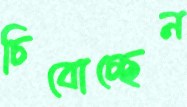
চিবোচ্ছেন